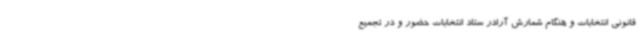
قانونی انتخابات و هنگام شمارش آرادر ستاد انتخابات حضور و در تجمیع